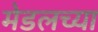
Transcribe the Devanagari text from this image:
मेडलच्या